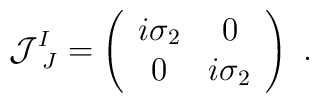
{\cal J}^I_{~J}=\left(\begin{array}{cc}i\sigma_2 & 0 \\0         & i\sigma_2 \end{array}\right) \ .